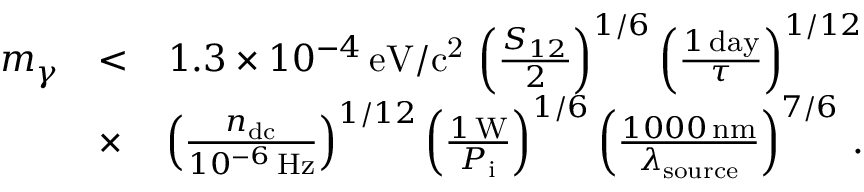
\begin{array} { r l r } { m _ { \gamma } } & { < } & { 1 . 3 \times 1 0 ^ { - 4 } \, \mathrm { e V / c ^ { 2 } } \, \left( \frac { S _ { 1 2 } } { 2 } \right) ^ { 1 / 6 } \left( \frac { 1 \, \mathrm { d a y } } { \tau } \right) ^ { 1 / 1 2 } } \\ & { \times } & { \left( \frac { n _ { \mathrm { d c } } } { 1 0 ^ { - 6 } \, \mathrm { H z } } \right) ^ { 1 / 1 2 } \left( \frac { 1 \, \mathrm { W } } { P _ { \mathrm { i } } } \right) ^ { 1 / 6 } \left( \frac { 1 0 0 0 \, \mathrm { n m } } { \lambda _ { \mathrm { s o u r c e } } } \right) ^ { 7 / 6 } \, . } \end{array}